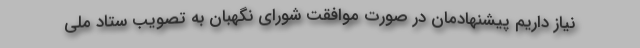
نیاز داریم پیشنهادمان در صورت موافقت شورای نگهبان به تصویب ستاد ملی